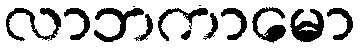
လာဘကာမော